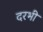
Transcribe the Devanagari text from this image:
दरभी